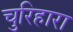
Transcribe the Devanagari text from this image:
चुरिहारा